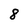
Character: 8